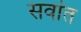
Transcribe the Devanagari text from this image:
सवांत